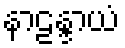
နာဠန္ဒာယံ